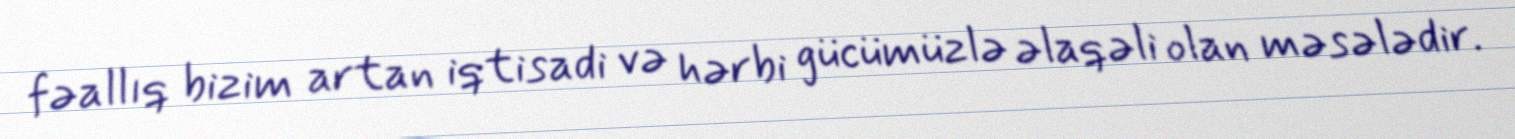
fəallıq bizim artan iqtisadi və hərbi gücümüzlə əlaqəli olan məsələdir.